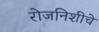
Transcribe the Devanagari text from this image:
रोजनिशीचे